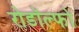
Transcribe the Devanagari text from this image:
रोडॉल्फो